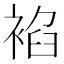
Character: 𧚧